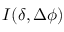
I ( \delta , \Delta \phi )